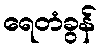
ရေတံခွန်